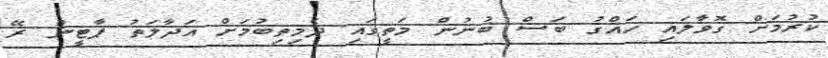
ކުރުމަށް ގޮވާލައި ހައްގު ބަސް ބުނުން މަތީގައި ދެމިތިބުމަށް އަދާލަތު ޕާޓީން ރޭ